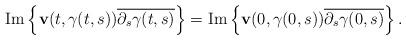
LaTeX: \begin{align*}\mbox{Im}\left\lbrace \mathbf{v}(t,\gamma(t,s))\overline{\partial_{s}\gamma(t,s)}\right\rbrace=\mbox{Im}\left\lbrace \mathbf{v}(0,\gamma(0,s))\overline{\partial_{s}\gamma(0,s)}\right\rbrace.\end{align*}